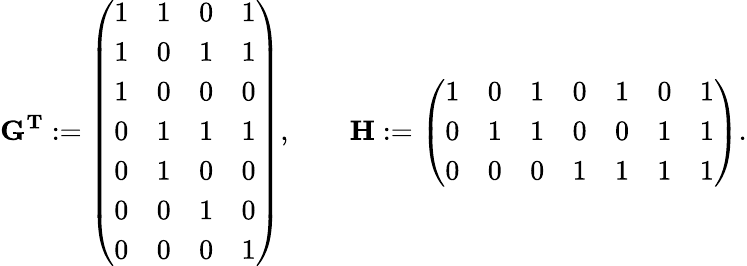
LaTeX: \mathbf{G^{T}}:={\left(\begin{array}{llll}{1}&{1}&{0}&{1}\\ {1}&{0}&{1}&{1}\\ {1}&{0}&{0}&{0}\\ {0}&{1}&{1}&{1}\\ {0}&{1}&{0}&{0}\\ {0}&{0}&{1}&{0}\\ {0}&{0}&{0}&{1}\end{array}\right)},\qquad\mathbf{H}:={\left(\begin{array}{lllllll}{1}&{0}&{1}&{0}&{1}&{0}&{1}\\ {0}&{1}&{1}&{0}&{0}&{1}&{1}\\ {0}&{0}&{0}&{1}&{1}&{1}&{1}\end{array}\right)}.